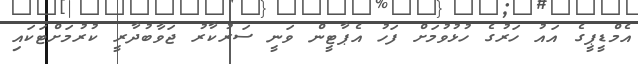
އެމްޑީޕީގެ އައު ހަރުގެ ހުޅުވުމަށް ފަހު އެޕާޓީން ވަނީ ސަރުކާރު ޖަވާބުދާރީ ކުރުމަށްޓަކައި